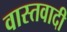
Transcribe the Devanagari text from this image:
वास्तवादी